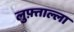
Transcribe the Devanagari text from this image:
लुफ़्ताल्ला